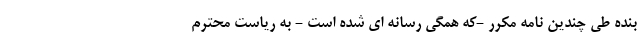
بنده طی چندین نامه مکرر -که همگی رسانه ای شده است - به ریاست محترم